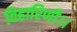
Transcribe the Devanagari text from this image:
विहारिणी।।